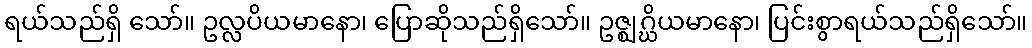
ရယ်သည်ရှိ သော်။ ဥလ္လပိယမာနော၊ ပြောဆိုသည်ရှိသော်။ ဥဇ္ဈဂ္ဃိယမာနော၊ ပြင်းစွာရယ်သည်ရှိသော်။